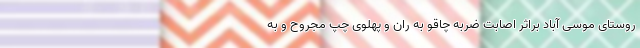
روستای موسی آباد براثر اصابت ضربه چاقو به ران و پهلوی چپ مجروح و به